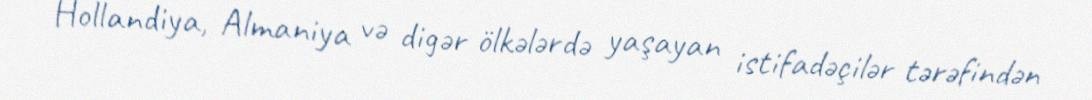
Hollandiya, Almaniya və digər ölkələrdə yaşayan istifadəçilər tərəfindən